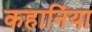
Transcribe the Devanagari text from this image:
कहानिंया